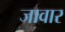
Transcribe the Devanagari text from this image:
जावार